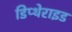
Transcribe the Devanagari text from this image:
डिप्थेराइड